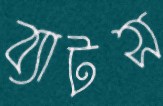
ব্যাটস